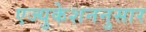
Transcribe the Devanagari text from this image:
एज्युकेशननुसार